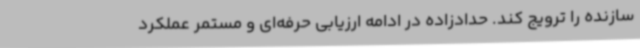
سازنده را ترویج کند. حدادزاده در ادامه ارزیابی حرفه‌ای و مستمر عملکرد